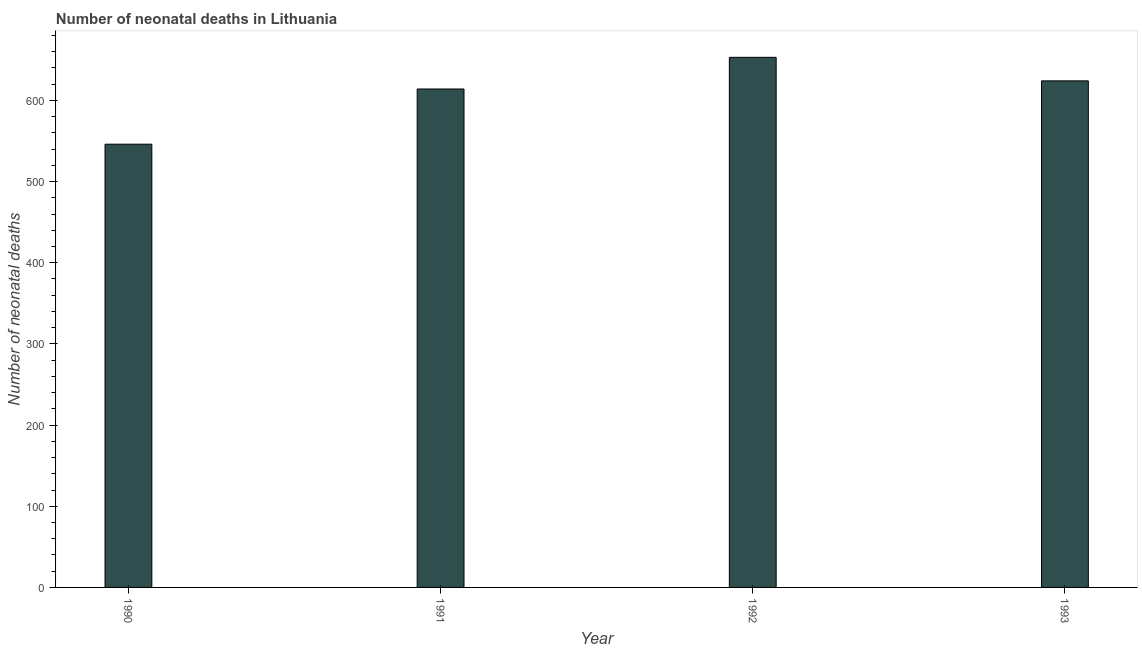
| Year | Neonatal deaths |
 | --- | --- |
 | 1990 | 546 |
 | 1991 | 614 |
 | 1992 | 653 |
 | 1993 | 624 |